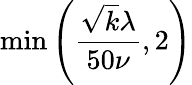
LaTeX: \operatorname*{min}{\left(\frac{\sqrt{k}\lambda}{50\nu},2\right)}